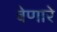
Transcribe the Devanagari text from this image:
बेणारे